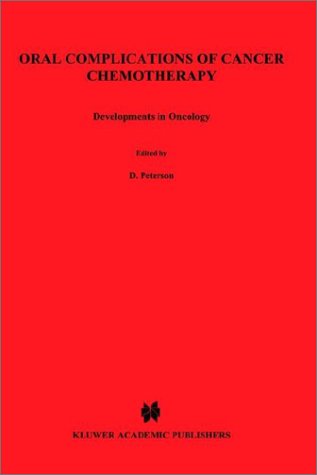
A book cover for Oral Complications of Cancer Chemotherapy (Developments in Oncology); Medical Books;